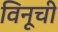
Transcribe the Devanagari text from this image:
विनूची